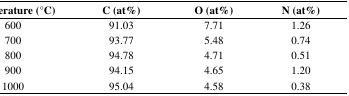
<table><thead><tr><td><b>Temperature (°C)</b></td><td><b>C (at%)</b></td><td><b>O (at%)</b></td><td><b>N (at%)</b></td></tr></thead><tbody><tr><td>600</td><td>91.03</td><td>7.71</td><td>1.26</td></tr><tr><td>700</td><td>93.77</td><td>5.48</td><td>0.74</td></tr><tr><td>800</td><td>94.78</td><td>4.71</td><td>0.51</td></tr><tr><td>900</td><td>94.15</td><td>4.65</td><td>1.20</td></tr><tr><td>1000</td><td>95.04</td><td>4.58</td><td>0.38</td></tr></tbody></table>